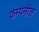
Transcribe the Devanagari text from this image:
कम्पनील